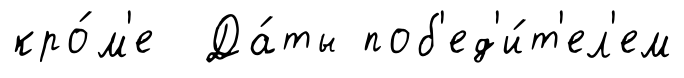
кро́м'е Да́ты поб'ед'и́т'ел'ем